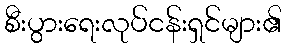
စီးပွားရေးလုပ်ငန်းရှင်များ၏